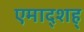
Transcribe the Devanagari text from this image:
एमाद्शह्